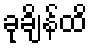
ခုချိန်ထိ